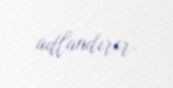
adlandırır.